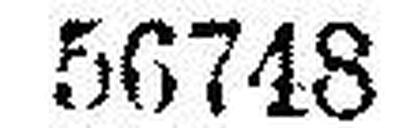
56748